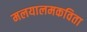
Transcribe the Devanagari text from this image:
मलयालमकविता